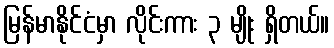
မြန်မာနိုင်ငံမှာ လိုင်းကား ၃ မျိုး ရှိတယ်။